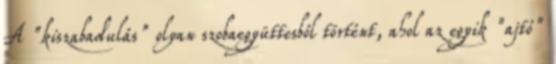
A "kiszabadulás" olyan szobaegyüttesből történt, ahol az egyik "ajtó"